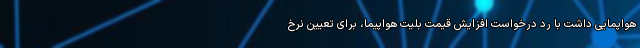
هواپمایی داشت با رد درخواست افزایش قیمت بلیت هواپیما، برای تعیین نرخ